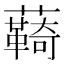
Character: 𮒺